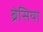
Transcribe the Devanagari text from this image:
ब्रेसिया